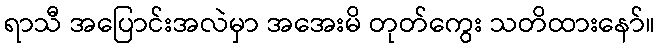
ရာသီ အပြောင်းအလဲမှာ အအေးမိ တုတ်ကွေး သတိထားနော်။